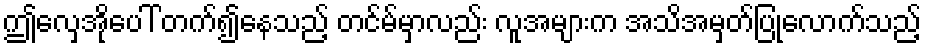
ဤလှေအိုပေါ် တက်၍နေသည့် တင်မ်မှာလည်း လူအများက အသိအမှတ်ပြုလောက်သည့်